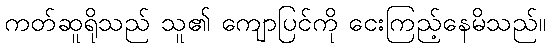
ကတ်ဆူရိုသည် သူ၏ ကျောပြင်ကို ငေးကြည့်နေမိသည်။